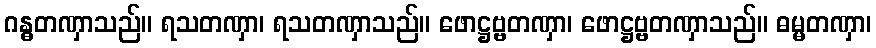
ဂန္ဓတဏှာသည်။ ရသတဏှာ၊ ရသတဏှာသည်။ ဖောဋ္ဌဗ္ဗတဏှာ၊ ဖောဋ္ဌဗ္ဗတဏှာသည်။ ဓမ္မတဏှာ၊